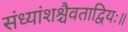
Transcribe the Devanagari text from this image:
संध्यांशश्चैवताद्वियः॥